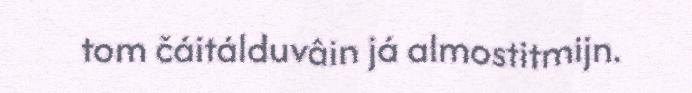
tom čáitálduvâin já almostitmijn.